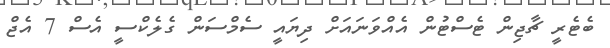
ބެޓެރީ ޗާޖިން ޓެސްޓުން އެއްވަނައަށް ދިޔައީ ސެމްސަން ގެލެކްސީ އެސް 7 އެޖް